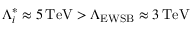
\Lambda _ { i } ^ { * } \approx 5 \, \mathrm { T e V } > \Lambda _ { \mathrm { E W S B } } \approx 3 \, \mathrm { T e V }